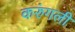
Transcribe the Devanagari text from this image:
करुंगली